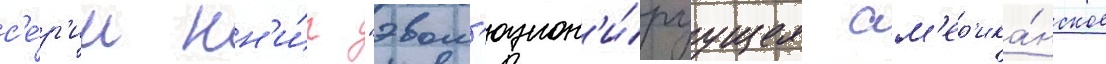
с'е́р'ии кн'и́г "эвол'юцион'и́руущее ам'ер'ика́нское